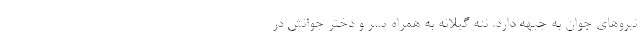
نيروهاي جوان به جبهه دارد. ننه گيلانه به همراه پسر و دختر جوانش در